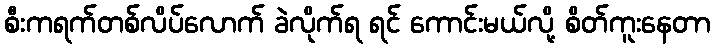
စီးကရက်တစ်လိပ်လောက် ခဲလိုက်ရ ရင် ကောင်းမယ်လို့ စိတ်ကူးနေတာ